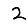
Digit: 2